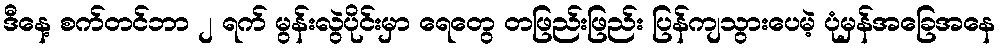
ဒီနေ့ စက်တင်ဘာ ၂ ရက် မွန်းလွဲပိုင်းမှာ ရေတွေ တဖြည်းဖြည်း ပြန်ကျသွားပေမဲ့ ပုံမှန်အခြေအနေ